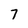
Character: 7